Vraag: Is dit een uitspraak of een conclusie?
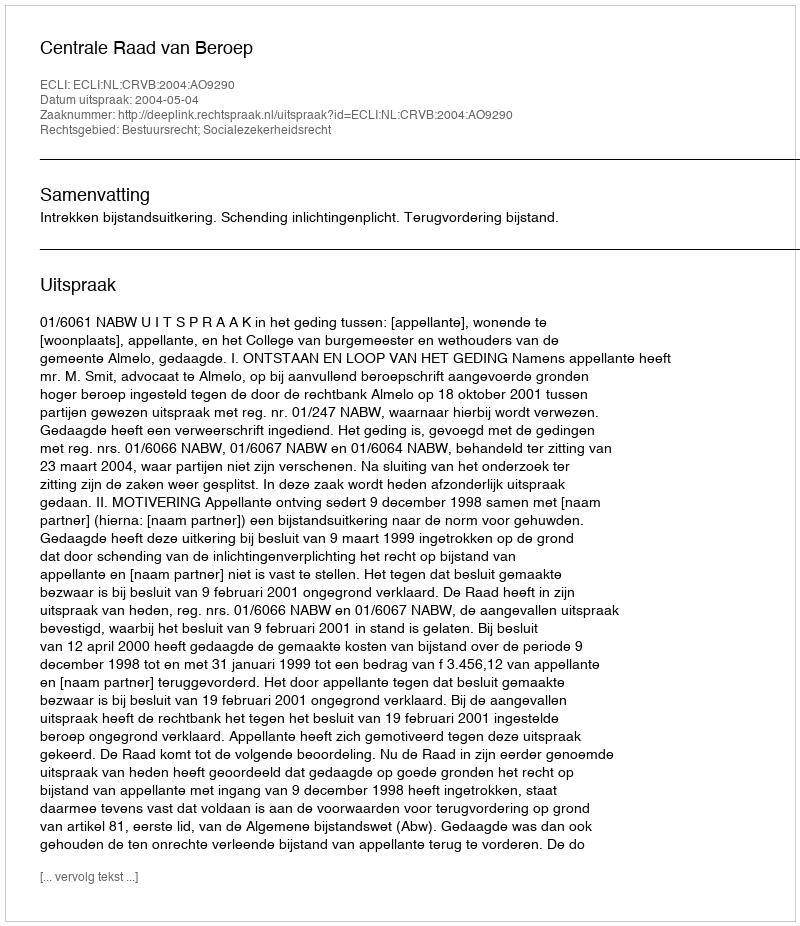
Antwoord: Uitspraak